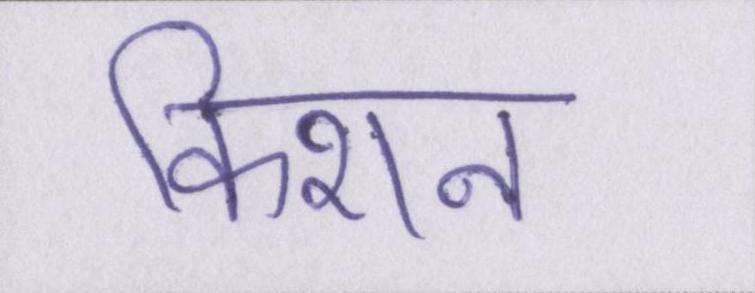
किशन